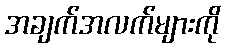
အချက်အလက်များကို